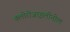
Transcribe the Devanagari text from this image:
क्लोरोजाइलीनोल